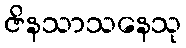
ဇိနသာသနေသု